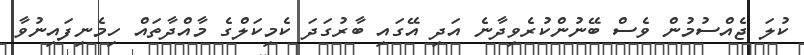
ކުލަ ޖެއްސުމުން ވެސް ބޭނުންކުރެވިދާނެ އަދި އޭގައި ބާރުގަދަ ކެމިކަލްގެ މާއްދާތައް ހިމެނިފައިނުވާ